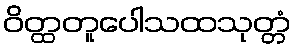
ဝိတ္ထတူပေါသထသုတ္တံ